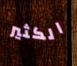
الكثير